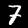
Digit: 7